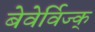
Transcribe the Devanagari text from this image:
बेवेर्विज्क्